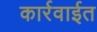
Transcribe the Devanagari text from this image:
कार्रवाईत